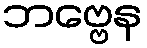
ဘဗ္ဗေန